Vaccination in Burma 1920-1933 - 1920-1933
Year: 1920
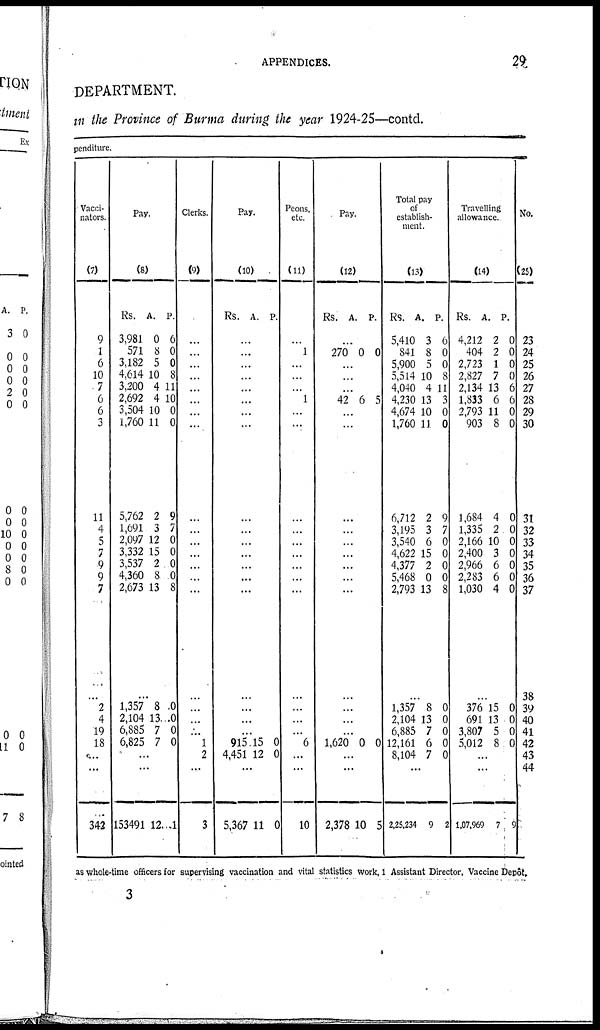
APPENDICES.
29
DEPARTMENT.
in the Province of Burma during the year 1924-25—contd.
penditure.
Vacci-
nators.
(7)
9
1
6
10
7
6
6
3
11
4
5
7
9
9
7
...
2
4
19
18
...
...
342
Pay.
(8)
Rs.
3,981
571
3,182
4,614
3,200
2,692
3,504
1,760
5,762
1,691
2,097
3,332
3,537
4,360
2,673
A.
0
8
5
10
4
4
10
11
2
3
12
15
2
8
13
P.
6
0
0
8
11
10
0
0
9
7
0
0
0
0
8
...
1,357
2,104
6,885
6,825
8
13
7
7
0
0
0
0
...
...
153491 12 1
Clerks.
(9)
...
...
...
...
...
...
...
...
...
...
...
...
...
...
...
...
...
...
...
1
2
...
3
Pay.
(10)
Rs. A. P.
...
...
...
...
...
...
...
...
...
...
...
...
...
...
...
...
...
...
...
915
4,451
15
12
0
0
...
5,367 11 0
Peons,
etc.
(11)
...
1
...
...
...
1
...
...
...
...
...
...
...
...
...
...
...
...
...
6
...
...
10
Pay.
(12)
Rs. A. P.
...
270 0 0
...
...
...
42 6 5
...
...
...
...
...
...
...
...
...
...
...
...
...
1,620 0 0
...
...
2,378 10 5
Total pay
of
establish-
ment.
(13)
Rs.
5,410
841
5,900
5,514
4,040
4,230
4,674
1,760
6,712
3,195
3,540
4,622
4,377
5,468
2,793
A.
3
8
5
10
4
13
10
11
2
3
6
15
2
0
13
P.
6
0
0
8
11
3
0
0
9
7
0
0
0
0
8
...
1,357
2,104
6,885
12,161
8,104
8
13
7
6
7
0
0
0
0
0
...
2,25,234 9 2
Travelling
allowance.
(14)
Rs.
4,212
404
2,723
2,827
2,134
1,833
2,793
903
1,684
1,335
2,166
2,400
2,966
2,283
1,030
A.
2
2
1
7
13
6
11
8
4
2
10
3
6
6
4
P.
0
0
0
0
6
6
0
0
0
0
0
0
0
0
0
...
376
691
3,807
5,012
15
13
5
8
0
0
0
0
...
...
1,07,969 7 9
No.
(25)
23
24
25
26
27
28
29
30
31
32
33
34
35
36
37
38
39
40
41
42
43
44
as whole-time officers for supervising vaccination and vital statistics work, 1 Assistant Director. Vaccine Depôt,
3